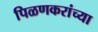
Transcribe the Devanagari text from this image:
पिळणकरांच्या